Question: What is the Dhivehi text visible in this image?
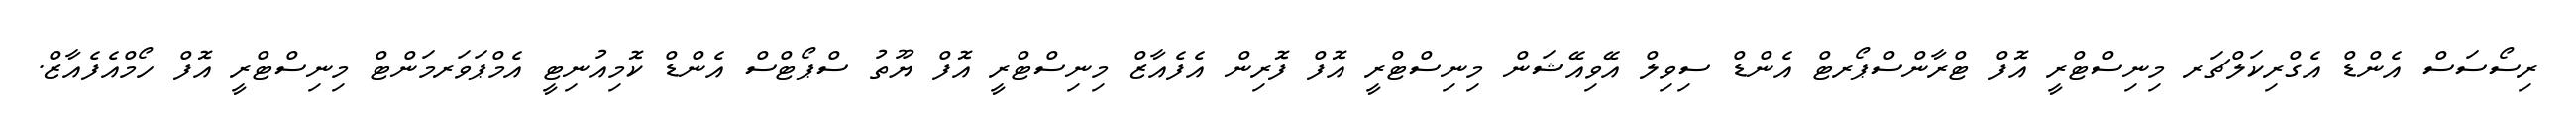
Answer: ރިސޯސަސް އެންޑް އެގްރިކަލްޗަރ މިނިސްޓްރީ އޮފް ޓްރާންސްޕޯރޓް އެންޑް ސިވިލް އޭވިއޭޝަން މިނިސްޓްރީ އޮފް ފޮރިން އެފެއާޒް މިނިސްޓްރީ އޮފް ޔޫތު ސްޕޯޓްސް އެންޑް ކޮމިއުނިޓީ އެމްޕަވަރމަންޓް މިނިސްޓްރީ އޮފް ހޯމްއެފެއާޒް.